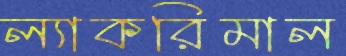
ল্যাকরিমাল